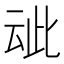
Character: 𬽁